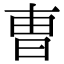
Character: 曺